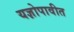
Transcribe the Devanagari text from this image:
यज्ञोपावीत